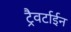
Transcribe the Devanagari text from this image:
ट्रैवर्टाईन